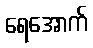
ရေအောက်